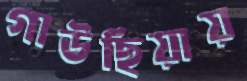
গাউছিয়ায়